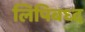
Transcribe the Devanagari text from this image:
लिपिबध्द